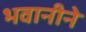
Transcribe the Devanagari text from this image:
भवानीने